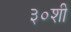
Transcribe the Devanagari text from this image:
३०शी